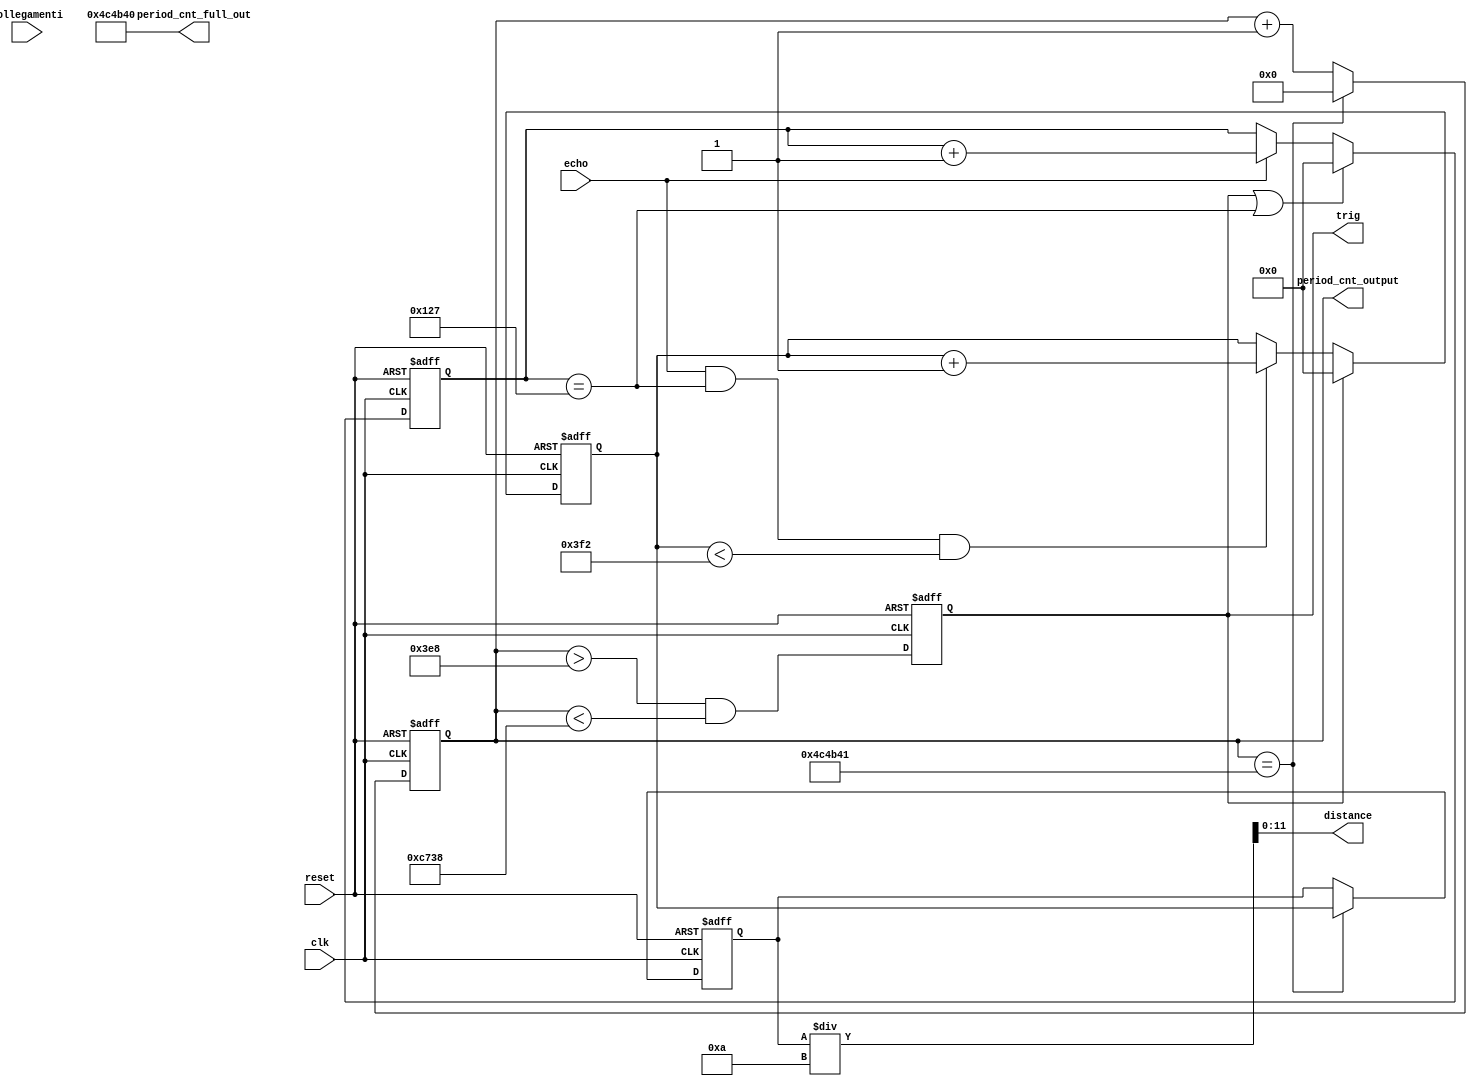
module ranging_module(

	input wire clk,
	input wire echo,
	input wire reset,
	input wire [31:0] collegamenti,

	output reg trig,
	output wire [11:0] distance,
	output wire [23:0] period_cnt_output,
	output wire [31:0] period_cnt_full_out
);
	parameter maxDistance = 1010; //max distance
	parameter calibrationEcho = 295;  // calibration for a better 
	parameter period_cnt_full_max =5000000;
	
	assign period_cnt_full_out = period_cnt_full_max;
	
	//    100
	reg [23:0] period_cnt;
	wire period_cnt_full;
	
	always @(posedge clk or posedge reset)
		begin
			if (reset)
				period_cnt <= 0;
			else
				begin
					if (period_cnt_full)
						begin
							period_cnt <= 0;
						end
					else
						begin
							period_cnt <= period_cnt + 1;
						end
				end
		end

	assign period_cnt_full = (period_cnt == period_cnt_full_max + 1);
	
	// DEBUG
	assign period_cnt_output = period_cnt;

	// Trigger di 100 microsec
	always @(posedge clk or posedge reset)
		begin
			if (reset)
				trig <= 0;
			else
				trig <= ( period_cnt > 1000 && period_cnt < 51000);
		end


	// Echo
	reg [11:0] echo_length;
	always @(posedge clk or posedge reset)
		begin
			if (reset)
				echo_length <= 0;
			else
				begin
					if (trig || echo_length == calibrationEcho) 
						echo_length <= 0;
					else if (echo)
						echo_length <= echo_length + 1;
				end
		end


// cap distance : combination distance-echo
	reg [11:0] distance_temp;
	always @(posedge clk or posedge reset)	
		begin
			if (reset)
				distance_temp <= 0;
			else
				begin
					if (trig)
						distance_temp <= 0;
					else if (echo && echo_length == calibrationEcho && distance_temp < maxDistance)//(echo && echo_length == 275 && distance_temp < 500)
						distance_temp <= distance_temp + 1;
				end
		end


		// output Distance
	 reg [11:0] distance_output;
	 always @(posedge clk or posedge reset)
	 	begin
	 		if (reset)
	 			distance_output <= 0;
	 		else if (period_cnt_full)
				begin
					distance_output <= distance_temp;					
				end
				
	 	end

	assign distance = distance_output / 10; // (*/10) for cm

	


endmodule